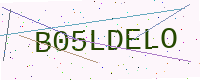
Text: B05LDELO